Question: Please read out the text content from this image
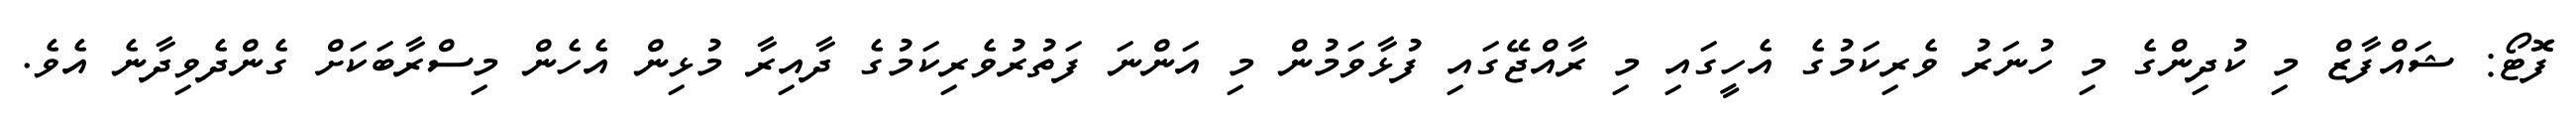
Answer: ފޮޓޯ: ޝައްފާޒް މި ކުދިންގެ މި ހުނަރު ވެރިކަމުގެ އެހީގައި މި ރާއްޖޭގައި ފުޅާވަމުން މި އަންނަ ފަތުރުވެރިކަމުގެ ދާއިރާ މުޅިން އެހެން މިސްރާބަކަށް ގެންދެވިދާނެ އެވެ.